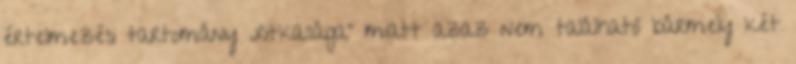
értelmezési tartomány „ritkasága” miatt azaz nem található bármely két